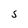
Character: S